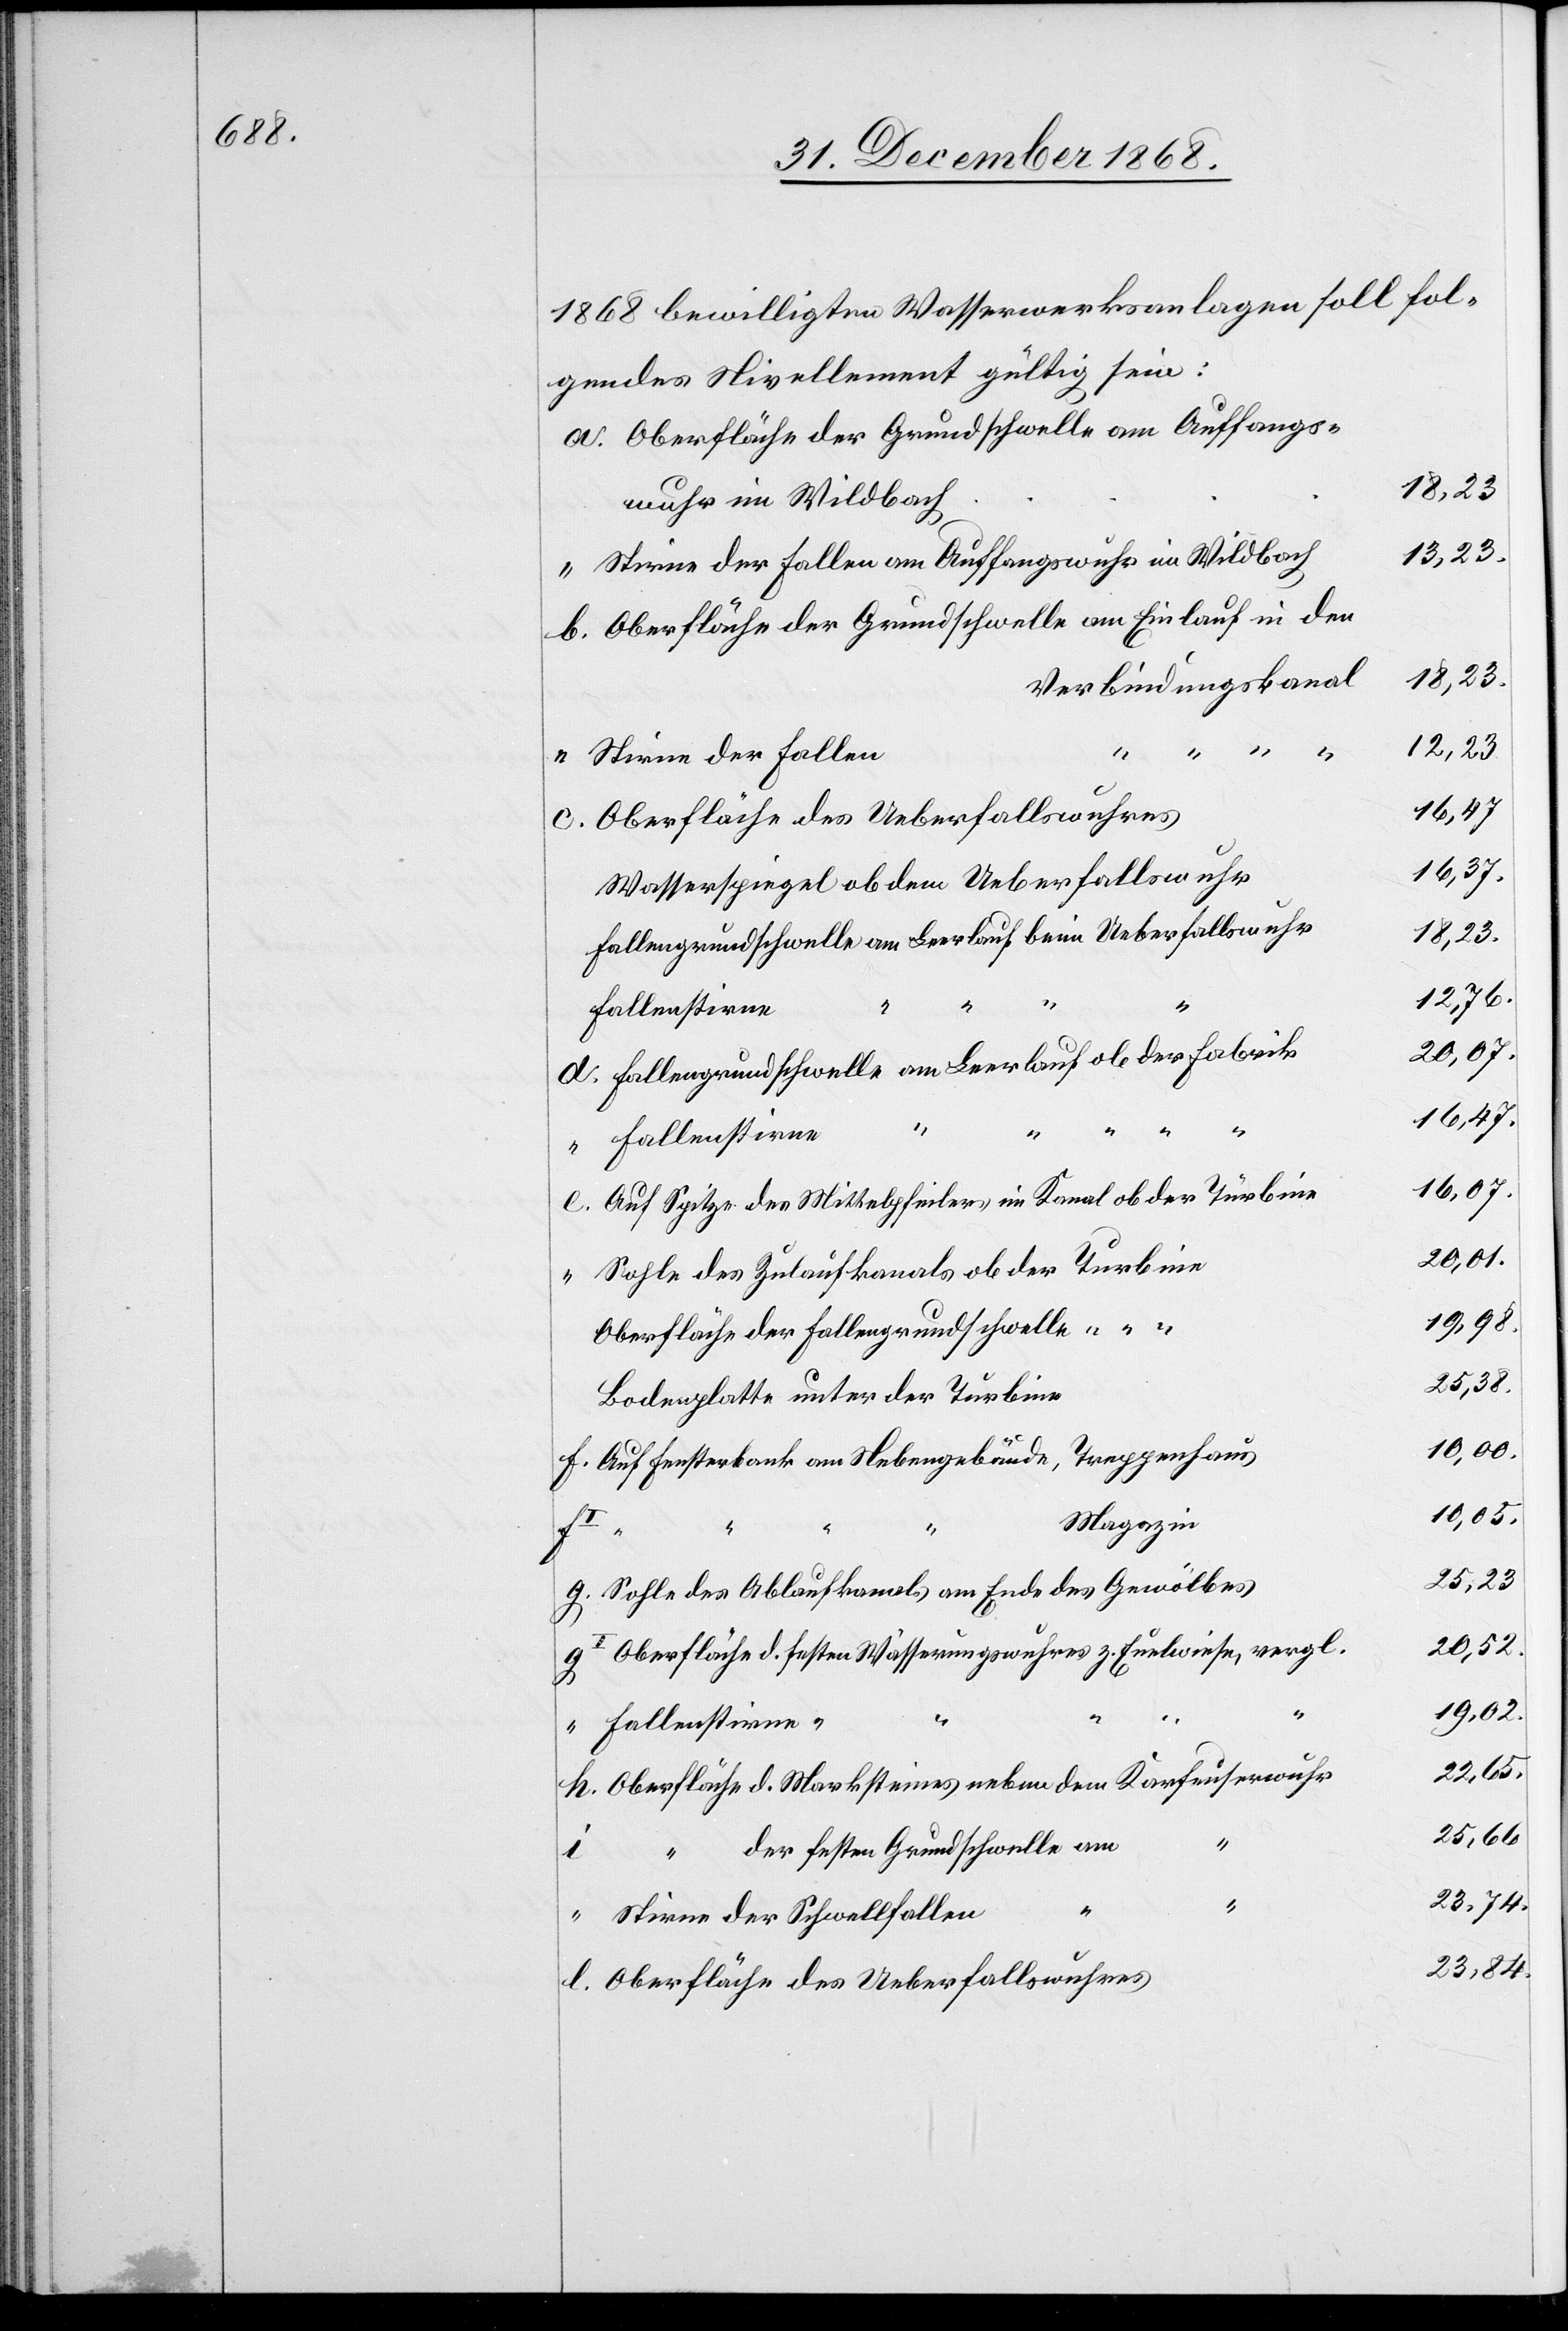
1868 bewilligten Wasserwerksanlagen soll fol¬
gendes Nivellement gültig sein:
Oberfläche der Grundschwelle am Auffangs¬
23,84.
wuhr im Wildbach
13,23.
Stirne der Fallen am Auffangswuhr im Wildbach
Oberfläche der Grundschwelle am Einlauf in den
10,00.
Verbindungskanal
12,23
c.
l.
Stirne der Fallen
16,07.
16,37.
Wasserspiegel ob dem Ueberfallswuhr
19,02.
Fallengrundschwelle am Leerlauf beim Ueberfallswuhr
23,74.
i
Fallengrundschwelle am Leerlauf ob der Fabrik
fI
“
Fallenstirne
Auf Spitze des Mittelpfeilers im Kanal ob der Türbine
Sohle des Zulaufkanals ob der Turbine
Oberfläche der Fallengrundschwelle
Bodenplatte unter der Turbine
Auf Fensterbank am Nebengebäude, Treppenhaus
Magazin
h.
Sohle des Ablaufkanals am Ende des Gewölbes
Oberfläche d. festen Wässerungswuhres z. Euelwiese, vergl.
Oberfläche d. Marksteines neben dem Karfeuserwuhr
“ der festen Grundschwelle am
Stirne der Schwellfallen
Oberfläche des Ueberfallswuhres